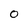
Character: 0